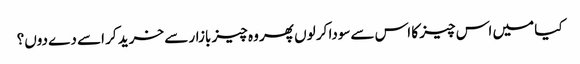
کیا میں اس چیز کا اس سےسودا کر لوں پھر وہ چیز بازار سے خرید کر اسے دے دوں؟